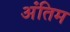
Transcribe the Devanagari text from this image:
अंंतिम